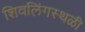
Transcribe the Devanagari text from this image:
शिवलिंगस्थळी